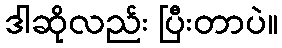
ဒါဆိုလည်း ပြီးတာပဲ။